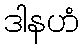
ဒါနဟံ